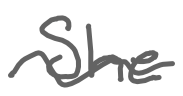
Text: She
Cross-out: wave
Writing tool: digital_gray